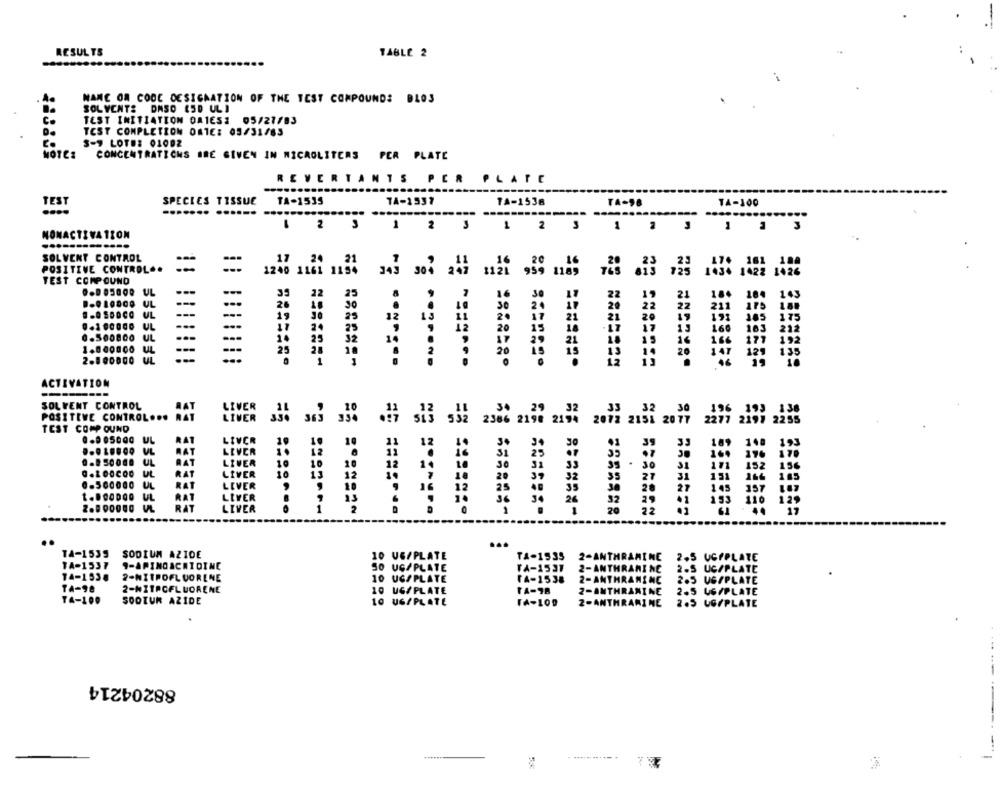
RESULTS
TABLE 2
.-
MANC OM CODE DESIGNATION OF THE TEST COMPOUNDS BLOS
SOL VENTS DASO (50 ULI
TEST INITIATION ORIES: 05/27/83
C.
TEST COMPLETION ORTE: 05/31/83
3-9 LOTE: 01002
NOTE:
CONCENTRATICHS ARE GIVEN IN NICAGLITERS PER PLATE
REVERTANTS PER PLATE
TEST
SPECIES TISSUE
TA-1535
7A-1537
TA-1536
TA-98
TA-100
1 2 3 1 2 3 1 2 3
1 1
MONACTIVATION
SOLVENT CONTROL
POSITIVE CONTROL ..
---
1240 1161 1154 343 304 247 1121 959 1189 765 815 725 1434 1428 1426
TEST COMPOUND
---
---
184
143
1.9L0800 UL
26
30
22
211 175
1.80
UL
---
---
22
.. 100000
UL
19
36
20
193
385
175
-..
160
103 212
UL
1.000000
10 35 32
16 166 177 102
25 20 10
20 147 121 135
2.800000
ACTIVATION
SOLVENT CONTROL
RAT
LIVER
POSITIVE CONTROL ...
LIVER
TEST COMP OUND
2386
DE 2139 2194 2072 2151 2077
2277 2197 2255
LIVER
109
ML
RAT
LEVER
i2
1
196
170
RAT
LIVER
31
152
156
UL
RAT
LIVER
151
31
0.560000
UL
RAT
LIVER
27
145
357
t.DOODOO
UL
RAT
LEVER
RAT
110 129
LIVER
-------
----
..
14-1539
SODIUM AZIDE
10 UG/PLATE
TA-1535
2-ANTHRAMINE
2.5 UCFPLATE
TA-1537
30 UG/PLATE
VA-1537
2-ANTHRANI NE
2.5 UC/PLATE
14-1538
2-NITROFLUORENE
10 UG/PLATE
[A-1538
2-ANTHRANINC
2.5 UG/PLATE
TA-98
2-NITROFLUORENE
10 UG/PLATE
TA-78
2-ANTHRAXINE
2.5 UG/PLATE
TA-100
SOOTUR AZIDE
10 UG/PLATE
2-ANTHRAMINE
2.5 UG/PLATE
88204214
......--